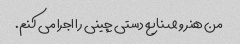
من هنر و صنایع دستی چینی را اجرا می کنم.